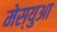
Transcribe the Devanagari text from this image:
मेस्युआ